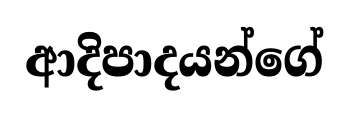
ආදිපාදයන්ගේ